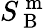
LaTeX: S_{\mathrm{~B~}}^{\mathrm{~m~}}